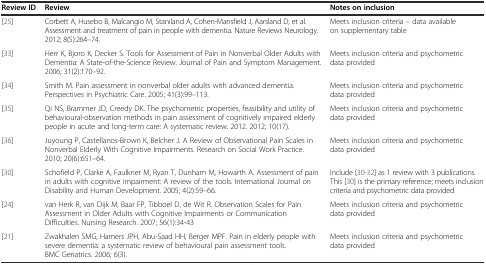
<table><thead><tr><td><b>Review ID</b></td><td><b>Review</b></td><td><b>Notes on inclusion</b></td></tr></thead><tbody><tr><td>[25]</td><td>Corbett A, Husebo B, Malcangio M, Staniland A, Cohen-Mansfield J, Aarsland D, et al. Assessment and treatment of pain in people with dementia. Nature Reviews Neurology. 2012; 8(5):264–74.</td><td>Meets inclusion criteria – data available on supplementary table</td></tr><tr><td>[33]</td><td>Herr K, Bjoro K, Decker S. Tools for Assessment of Pain in Nonverbal Older Adults with Dementia: A State-of-the-Science Review. Journal of Pain and Symptom Management. 2006; 31(2):170–92.</td><td>Meets inclusion criteria and psychometric data provided</td></tr><tr><td>[34]</td><td>Smith M. Pain assessment in nonverbal older adults with advanced dementia.Perspectives in Psychiatric Care. 2005; 41(3):99–113.</td><td>Meets inclusion criteria and psychometric data provided</td></tr><tr><td>[35]</td><td>Qi NS, Brammer JD, Creedy DK. The psychometric properties, feasibility and utility of behavioural-observation methods in pain assessment of cognitively impaired elderly people in acute and long-term care: A systematic review. 2012. 2012; 10(17).</td><td>Meets inclusion criteria and psychometric data provided</td></tr><tr><td>[36]</td><td>Juyoung P, Castellanos-Brown K, Belcher J. A Review of Observational Pain Scales in Nonverbal Elderly With Cognitive Impairments. Research on Social Work Practice. 2010; 20(6):651–64.</td><td>Meets inclusion criteria and psychometric data provided</td></tr><tr><td>[30]</td><td>Schofield P, Clarke A, Faulkner M, Ryan T, Dunham M, Howarth A. Assessment of pain in adults with cognitive impairment: A review of the tools. International Journal on Disability and Human Development. 2005; 4(2):59–66.</td><td>Include [30–32] as 1 review with 3 publications. This [30] is the primary reference; meets inclusion criteria and psychometric data provided</td></tr><tr><td>[24]</td><td>van Herk R, van Dijk M, Baar FP, Tibboel D, de Wit R. Observation Scales for Pain Assessment in Older Adults with Cognitive Impairments or Communication Difficulties. Nursing Research. 2007; 56(1):34-43</td><td>Meets inclusion criteria and psychometric data provided</td></tr><tr><td>[21]</td><td>Zwakhalen SMG, Hamers JPH, Abu-Saad HH, Berger MPF. Pain in elderly people with severe dementia: a systematic review of behavioural pain assessment tools. BMC Geriatrics. 2006; 6(3).</td><td>Meets inclusion criteria and psychometric data provided</td></tr></tbody></table>